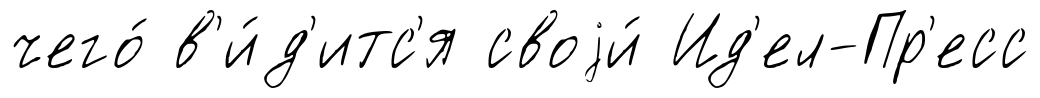
чего́ в'и́д'итс'я своjи́ Ид'ел-Пр'есс